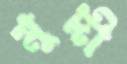
মুদী